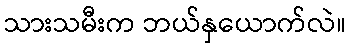
သားသမီးက ဘယ်နှယောက်လဲ။